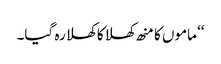
‘‘ ماموں کا منھ کھلا کا کھلا رہ گیا۔